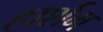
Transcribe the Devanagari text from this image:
हार्शम